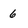
Character: 6